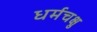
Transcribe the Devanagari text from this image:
धर्मचक्षु